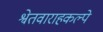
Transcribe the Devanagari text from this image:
श्वेतवाराहकल्पे